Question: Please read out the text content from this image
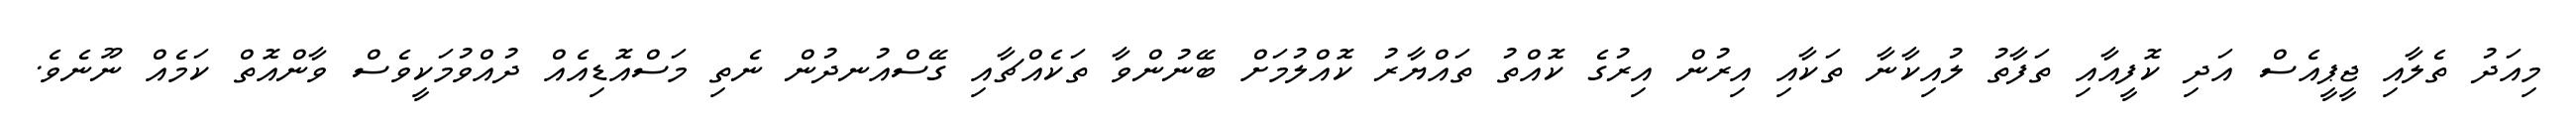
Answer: މިއަދު ތެލާއި ޖީޕީއެސް އަދި ކޮފީއާއި ތަފާތު ލުއިކާނާ ތަކާއި އިރުން އިރުގެ ކޮއްތު ތައްޔާރު ކޮއްލުމަށް ބޭނުންވާ ތަކެއްޗާއި ގޭސްއުނދުން ނެތި މަސްއޮޑިއެއް ދުއްވުމަކީވެސް ވާންއޮތް ކަމެއް ނޫނެވެ.